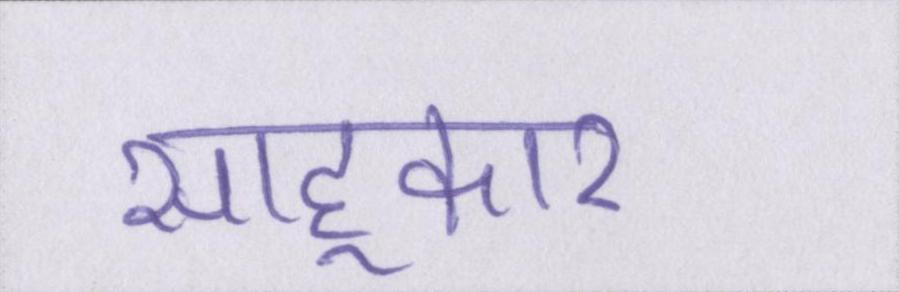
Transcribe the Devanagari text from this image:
साहूकार